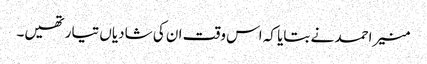
منیر احمد نے بتایا کہ اس وقت ان کی شادیاں تیار تھیں۔